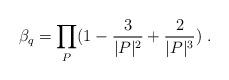
LaTeX: \begin{align*}\beta_q =\prod_P(1-\frac3{|P|^2}+\frac{2}{|P|^3})\;.\end{align*}